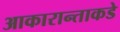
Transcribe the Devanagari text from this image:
आकारान्ताकडे